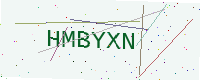
Text: HMBYXN